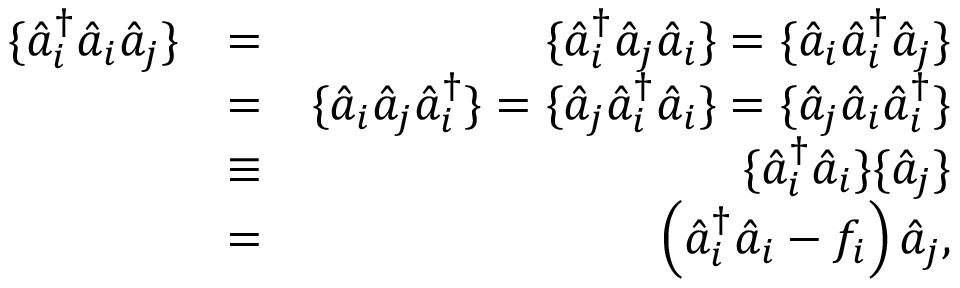
\begin{array} { r l r } { \{ \hat { a } _ { i } ^ { \dagger } \hat { a } _ { i } \hat { a } _ { j } \} } & { = } & { \{ \hat { a } _ { i } ^ { \dagger } \hat { a } _ { j } \hat { a } _ { i } \} = \{ \hat { a } _ { i } \hat { a } _ { i } ^ { \dagger } \hat { a } _ { j } \} } \\ & { = } & { \{ \hat { a } _ { i } \hat { a } _ { j } \hat { a } _ { i } ^ { \dagger } \} = \{ \hat { a } _ { j } \hat { a } _ { i } ^ { \dagger } \hat { a } _ { i } \} = \{ \hat { a } _ { j } \hat { a } _ { i } \hat { a } _ { i } ^ { \dagger } \} } \\ & { \equiv } & { \{ \hat { a } _ { i } ^ { \dagger } \hat { a } _ { i } \} \{ \hat { a } _ { j } \} } \\ & { = } & { \left( \hat { a } _ { i } ^ { \dagger } \hat { a } _ { i } - f _ { i } \right) \hat { a } _ { j } , } \end{array}